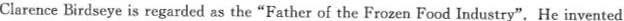
ClarenceBirdseye is regarded as the "Father of the Frozen Food Industry".He invented